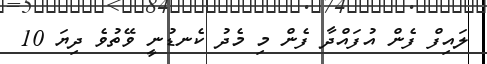
ލައިފް ފެން އުފައްދާ ފެން މި މެދު ކެނޑުނީ ވޭތުވެ ދިޔަ 10